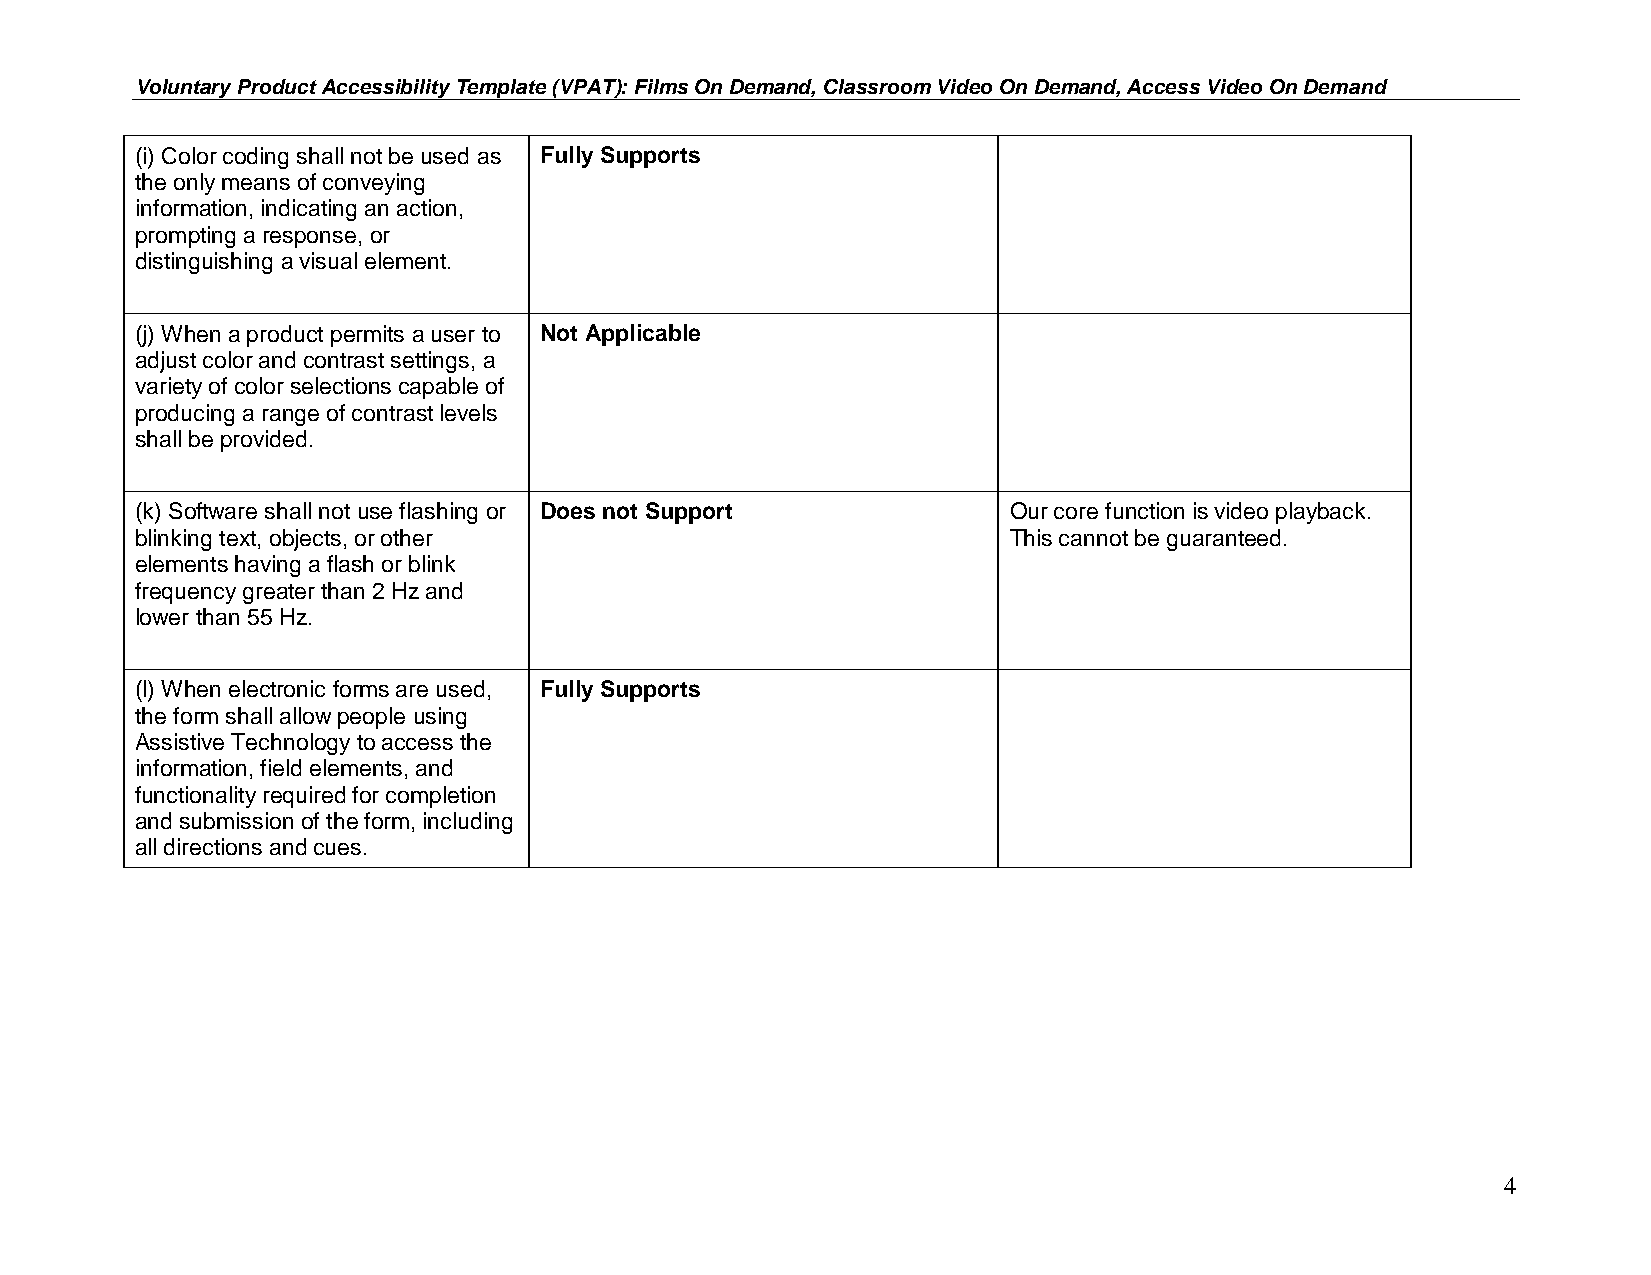
Voluntary Product Accessibility Template (VPAT): Films On Demand, Classroom Video On Demand, Access Video On Demand
 (i) Color coding shall not be used as Fully Supports
 the only means of conveying
 information, indicating an action,
 prompting a response, or
 distinguishing a visual element.
 (j) When a product permits a user to Not Applicable
 adjust color and contrast settings, a
 variety of color selections capable of
 producing a range of contrast levels
 shall be provided.
 (k) Software shall not use flashing or Does not Support   Our core function is video playback.
 blinking text, objects, or other                          This cannot be guaranteed.
 elements having a flash or blink
 frequency greater than 2 Hz and
 lower than 55 Hz.
 (l) When electronic forms are used, Fully Supports
 the form shall allow people using
 Assistive Technology to access the
 information, field elements, and
 functionality required for completion
 and submission of the form, including
 all directions and cues.
 4